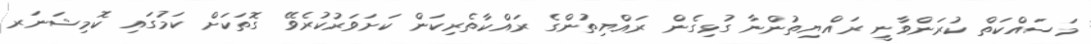
މަސައްކަތް ކުރަންވާނީ ރައްޔިތުންނާ ގުޅިގެން ރައްޔިތުންގެ ރައްކާތެރިކަން ކަށަވަރުކުރެވޭ ގޮތަކަށް ކަމުގައި ކޮމިޝަނަރ